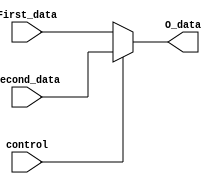
`timescale 1ns / 1ps
//////////////////////////////////////////////////////////////////////////////////
// Company: 
// Engineer: 
// 
// Design Name: 
// Module Name: MUX
// Project Name: 
// Target Devices: 
// Tool Versions: 
// Description: 
// 
// Dependencies: 
// 
// Revision:
// Revision 0.01 - File Created
// Additional Comments:
// 
//////////////////////////////////////////////////////////////////////////////////


module MUX(First_data,Second_data,control,O_data);
    input[31:0] First_data;
    input[31:0] Second_data;
    input control;
    output[31:0] O_data;
    assign O_data=control?Second_data:First_data;
endmodule